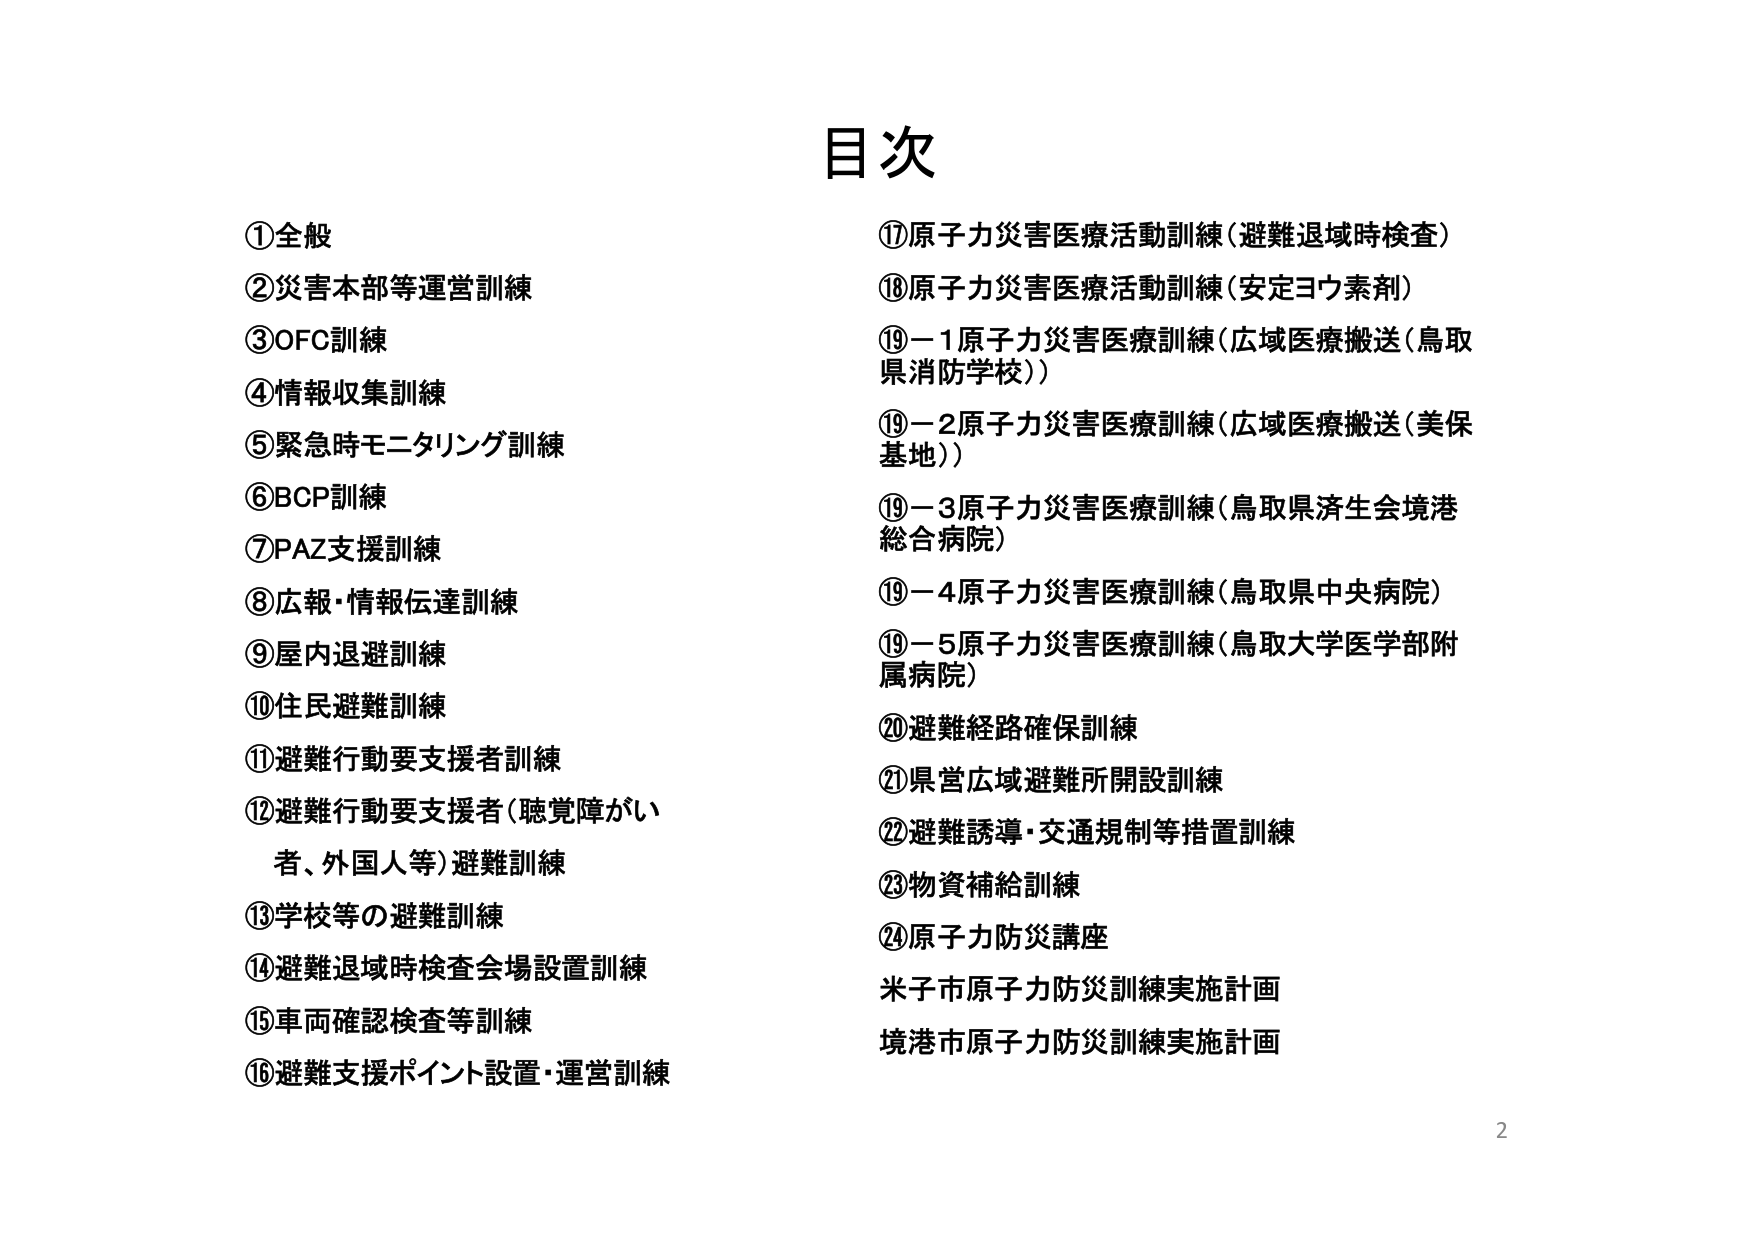
目次

①全般
②災害本部等運営訓練
③OFC訓練
④情報収集訓練
⑤緊急時モニタリング訓練
⑥BCP訓練
⑦PAZ支援訓練
⑧広報・情報伝達訓練
⑨屋内退避訓練
⑩住民避難訓練
⑪避難行動要支援者訓練
⑫避難行動要支援者（聴覚障がい者、外国人等）避難訓練
⑬学校等の避難訓練
⑭避難退域時検査会場設置訓練
⑮車両確認検査等訓練
⑯避難支援ポイント設置・運営訓練

⑰原子力災害医療活動訓練（避難退域時検査）
⑱原子力災害医療活動訓練（安定ヨウ素剤）
⑲－1 原子力災害医療訓練（広域医療搬送（鳥取県消防学校））
⑲－2 原子力災害医療訓練（広域医療搬送（美保基地））
⑲－3 原子力災害医療訓練（鳥取県済生会境港総合病院）
⑲－4 原子力災害医療訓練（鳥取県中央病院）
⑲－5 原子力災害医療訓練（鳥取大学医学部附属病院）
⑳避難経路確保訓練
㉑県営広域避難所開設訓練
㉒避難誘導・交通規制等措置訓練
㉓物資補給訓練
㉔原子力防災講座
米子市原子力防災訓練実施計画
境港市原子力防災訓練実施計画

2